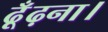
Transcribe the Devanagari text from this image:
ढूँढ़ना।